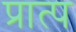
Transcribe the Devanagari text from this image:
प्रात्प